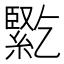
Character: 𰫱